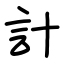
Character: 計